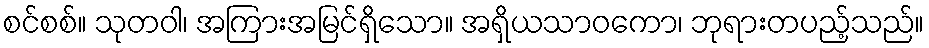
စင်စစ်။ သုတဝါ၊ အကြားအမြင်ရှိသော။ အရှိယသာဝကော၊ ဘုရားတပည့်သည်။